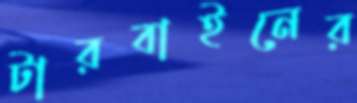
টারবাইনের